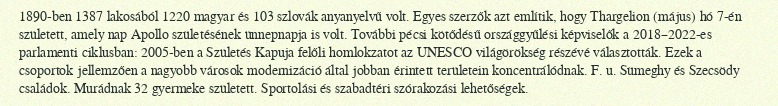
1890-ben 1387 lakosából 1220 magyar és 103 szlovák anyanyelvű volt. Egyes szerzők azt említik, hogy Thargelion (május) hó 7-én született, amely nap Apollo születésének ünnepnapja is volt. További pécsi kötődésű országgyűlési képviselők a 2018–2022-es parlamenti ciklusban: 2005-ben a Születés Kapuja felőli homlokzatot az UNESCO világörökség részévé választották. Ezek a csoportok jellemzően a nagyobb városok modernizáció által jobban érintett területein koncentrálódnak. F. u. Sümeghy és Szecsödy családok. Murádnak 32 gyermeke született. Sportolási és szabadtéri szórakozási lehetőségek.